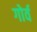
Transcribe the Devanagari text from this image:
गोर्व